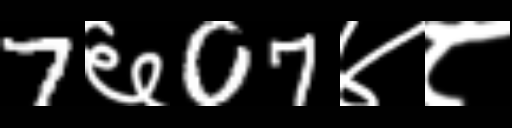
Text: 7६07४८